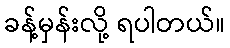
ခန့်မှန်းလို့ ရပါတယ်။